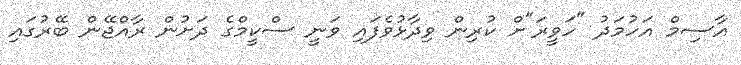
އާސިމް އަހުމަދު "ހަވީރަ"ށް ކުރިން ވިދާޅުވެފައި ވަނީ ސްކީމްގެ ދަށުން ރާއްޖޭން ބޭރުގައި